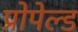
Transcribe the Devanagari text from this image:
प्रोपेल्ड